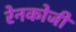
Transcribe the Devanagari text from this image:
रेनकोजी